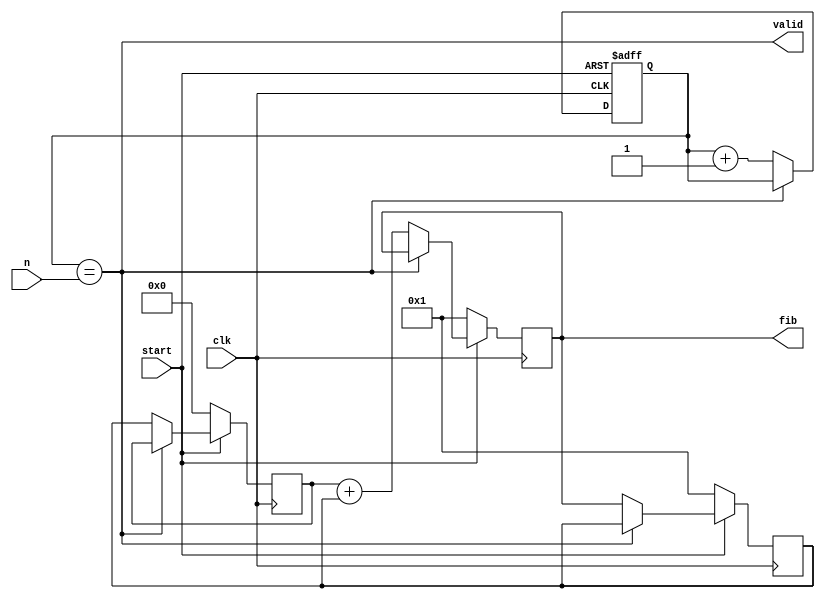
module fibonacci #(
    parameter in_size  = 32,
    parameter out_size = 32
)
(
    input                 clk,
    input                 start, //synchronous negedge reset
    input  [in_size-1 :0] n,     //assumption n >= 1
    output                valid, //goes high when fib = F(n)
    output [out_size-1:0] fib    //outputs F(n), assuming F(n) can be contained within out_size bits
);
//n indicates the n-th Fibonacci F(n) number desired to be calculated.

reg [in_size-1 :0] n_count;
reg [out_size-1:0] f0;
reg [out_size-1:0] f1;
reg [out_size-1:0] fn;

//Output assignments
assign fib   = fn;
assign valid = (n_count==n);

//Negedge FF for f0
always @(negedge clk) begin
  if(~start) begin
    f0 <= 0; //F_0 begins at 0
  end 
  else if(n_count == n) begin //prevents overflowing
    f0 <= f0;
  end else begin
    f0 <= f1;
  end
end

//Negedge FF for f1
always @(negedge clk) begin
  if(~start) begin
    f1 <= 1; //F_1 begins at 1
  end else if(n_count == n) begin //prevents overflowing
    f1 <= f1;
  end else begin
    f1 <= fn;
  end
end

//Posedge FF for fN
always @(posedge clk) begin
  if(~start) begin
    fn <= 1;
  end else if(n_count == n) begin //prevents overflowing
    fn <= fn;
  end else begin
    fn <= f0 + f1; //Fibonacci "next number" calculation 
  end   
end

//Posedge FF for n_count
always @(posedge clk, negedge start) begin
  if(~start) begin
    n_count <= 1; //Previously assumed n >= 1
  end 
  else if(n_count==n) begin //prevents overflowing
    n_count <= n_count;
  end 
  else begin
    n_count <= n_count + 1;
  end 
end

endmodule